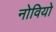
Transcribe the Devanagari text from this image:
नोवियो